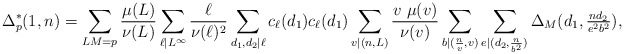
\begin{align*} \Delta^*_p(1,n)= \sum_{LM=p}\frac{\mu(L)}{\nu(L)}\sum_{\ell|L^\infty} \frac{\ell}{\nu(\ell)^2}\sum_{d_1, d_2|\ell}c_\ell(d_1)c_\ell(d_1) \sum_{v|(n,L)}\frac{v\ \mu(v)}{\nu(v)}\sum_{b|(\frac{n}{v}, v)}\sum_{e|(d_2, \frac{n}{b^2})}\Delta_M(d_1, \tfrac{nd_2}{e^2b^2}),\end{align*}